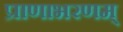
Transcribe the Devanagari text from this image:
प्राणाभरणम्‌